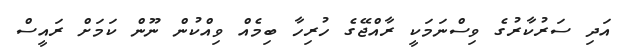
އަދި ސަރުކާރުގެ ވިސްނަމަކީ ރާއްޖޭގެ ހުރިހާ ބިމެއް ވިއްކުން ނޫން ކަަމަށް ރައީސް